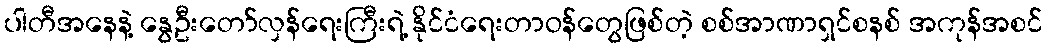
ပါတီအနေနဲ့ နွေဦးတော်လှန်ရေးကြီးရဲ့ နိုင်ငံရေးတာဝန်တွေဖြစ်တဲ့ စစ်အာဏာရှင်စနစ် အကုန်အစင်